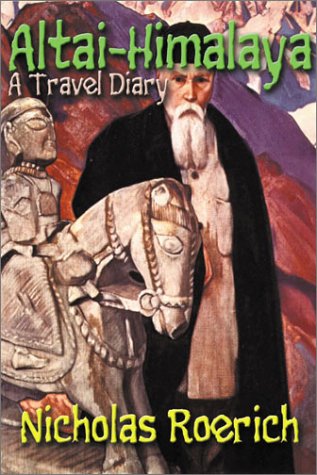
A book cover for Altai-Himalaya A Travel Diary; Nicholas Roerich; Travel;